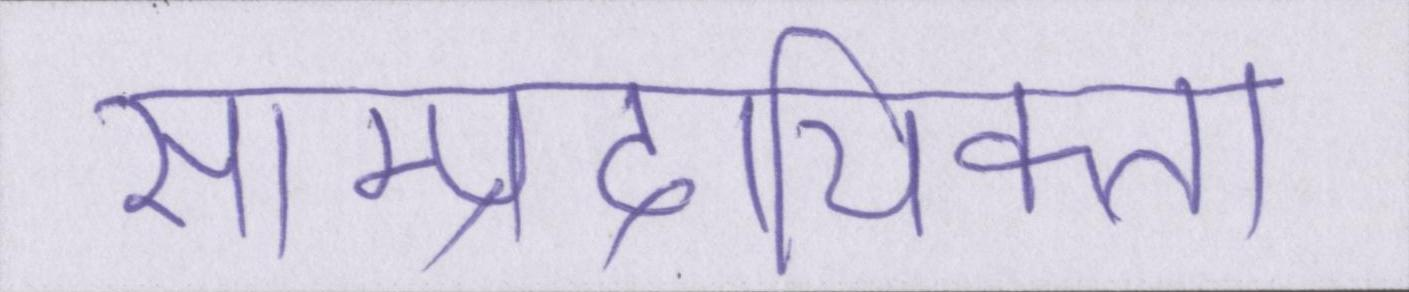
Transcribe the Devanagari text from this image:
साम्प्रदायिकता